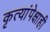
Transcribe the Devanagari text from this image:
कृत्यांपेक्षाही